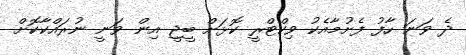
ދެ ވަނަ ހާފު ފެށުމާއެކު ވިކްޓްރީ ކޮޅަށް ބީޖީ އިން ވަނީ ނުރައްކާކޮށް